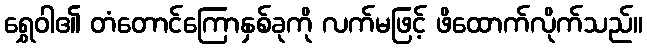
ရွှေဝါ၏ တံတောင်ကြောနှစ်ခုကို လက်မဖြင့် ဖိထောက်လိုက်သည်။